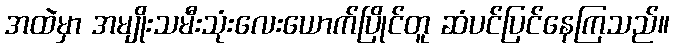
အထဲမှာ အမျိုးသမီးသုံးလေးယောက်ပြိုင်တူ ဆံပင်ပြင်နေကြသည်။